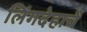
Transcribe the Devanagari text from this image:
लिंगदेहाचें